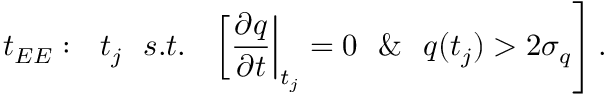
t _ { E E } : ~ \ t _ { j } ~ \ s . t . ~ \ \left. \left[ \frac { \partial q } { \partial t } \right| _ { t _ { j } } = 0 ~ \ \& ~ \ q ( t _ { j } ) > 2 \sigma _ { q } \right] .